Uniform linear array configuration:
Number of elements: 24
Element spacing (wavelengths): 0.75
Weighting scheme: uniform
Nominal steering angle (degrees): -30
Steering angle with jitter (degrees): -29.271
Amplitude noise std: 0.05
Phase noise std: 0.05

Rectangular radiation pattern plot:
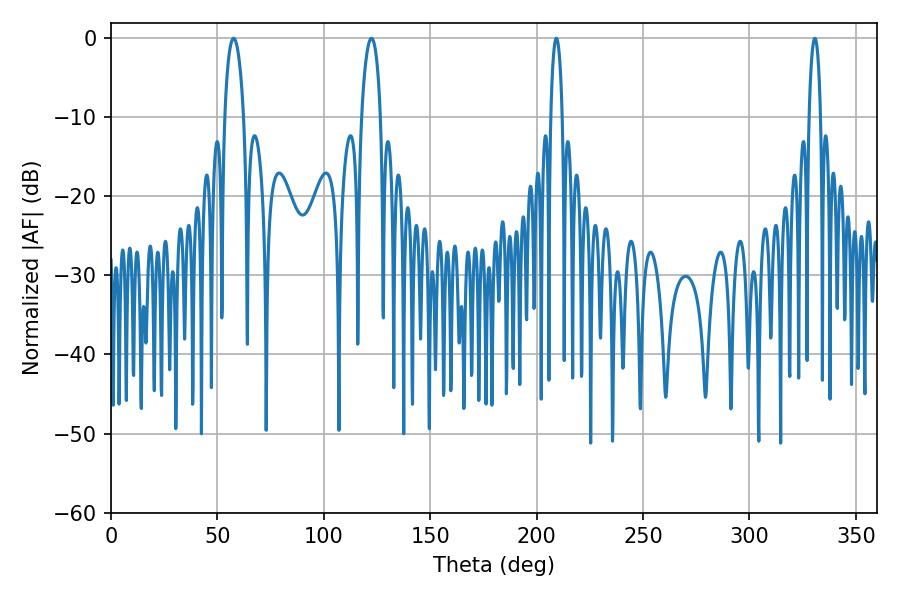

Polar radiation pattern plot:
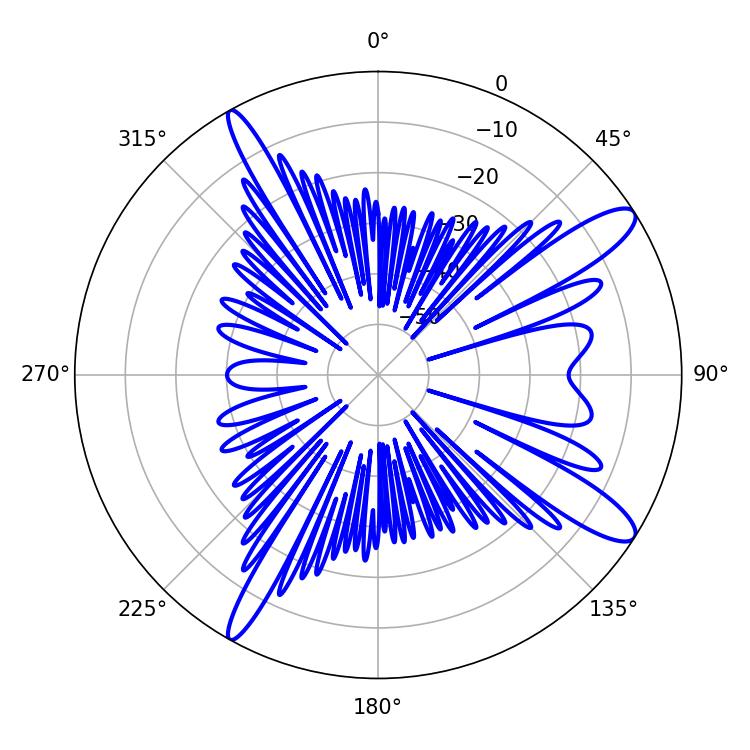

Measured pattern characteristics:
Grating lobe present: TRUE
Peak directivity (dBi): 12.397
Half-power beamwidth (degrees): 5.22
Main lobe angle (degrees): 57.6